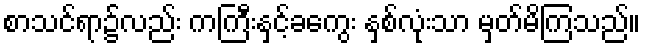
စာသင်ရာ၌လည်း ကကြီးနှင့်ခကွေး နှစ်လုံးသာ မှတ်မိကြသည်။